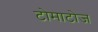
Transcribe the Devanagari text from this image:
टोमाटोज